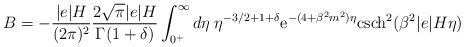
LaTeX: \begin{align*}B = - \frac{ \vert e \vert H}{(2 \pi)^2} \frac{2 \sqrt{\pi} \vert e \vert H}{ \Gamma (1 + \delta)} \int_{0^+}^{\infty} d \eta \; \eta^{ - 3/2 + 1 + \delta} {\rm e}^{- ( 4 + \beta^2 m^2) \eta} {\rm csch}^2(\beta^2 \vert e \vert H \eta )\end{align*}